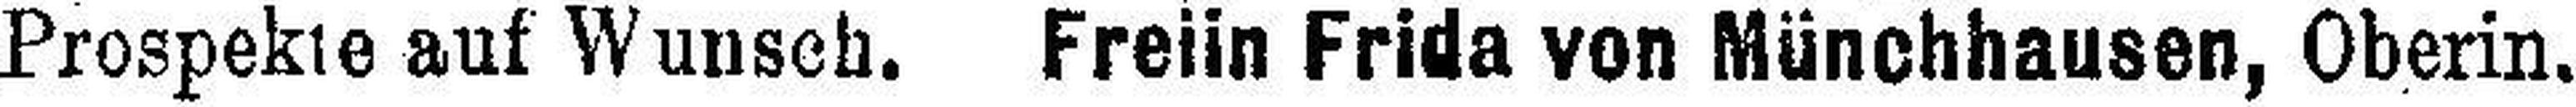
Prospekte auf Wunsch. Freiin Frida von Münchhausen, Oberin.